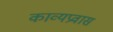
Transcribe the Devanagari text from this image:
काव्यप्रवास